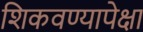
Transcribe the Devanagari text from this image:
शिकवण्यापेक्षा